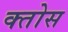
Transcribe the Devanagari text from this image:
क्तोस